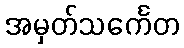
အမှတ်သင်္ကေတ